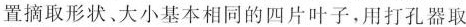
置摘取形状、大小基本相同的四片叶子，用打孔器取